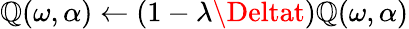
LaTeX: \mathbb{Q}(\omega,\alpha)\gets(1-\lambda\Deltat)\mathbb{Q}(\omega,\alpha)